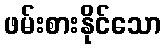
ဖမ်းစားနိုင်သော